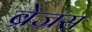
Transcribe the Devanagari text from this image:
ब्रेज्रस